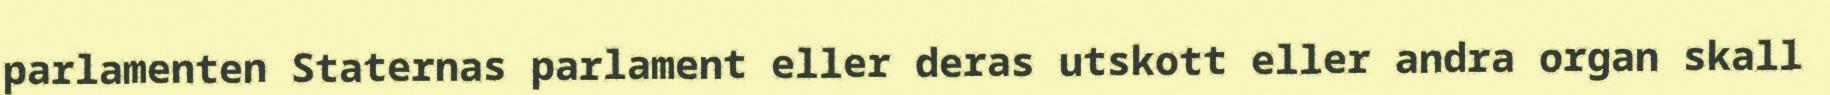
parlamenten Staternas parlament eller deras utskott eller andra organ skall